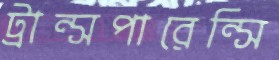
ট্রান্সপারেন্সি